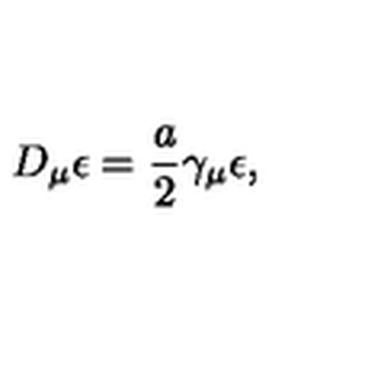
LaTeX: D _ { \mu } \epsilon = \frac { a } { 2 } \gamma _ { \mu } \epsilon ,